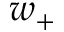
w _ { + }